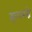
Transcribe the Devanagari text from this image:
इळामग्ने